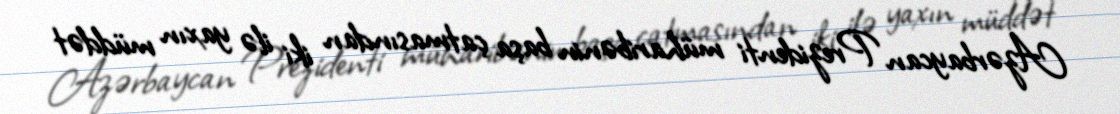
Azərbaycan Prezidenti müharibənin başa çatmasından iki ilə yaxın müddət